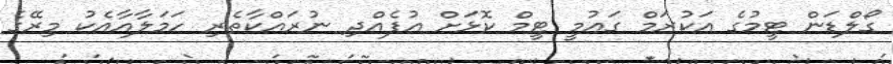
ގޯލްޑަން ޓީމުގެ އަކުރަމް ގައުމީ ޓީމް ކޮޅަށް އުފެއްދި ނުރައްކާތެރި ހަމަލާއާއެކު މިރޭގެ